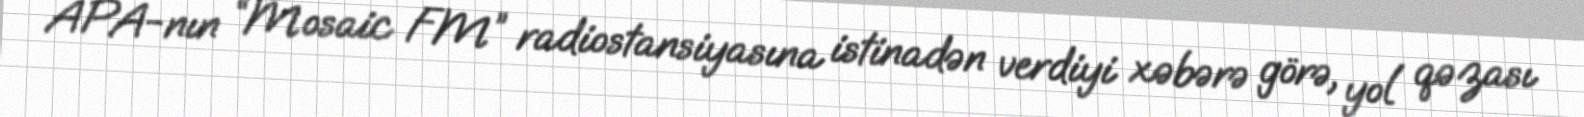
APA-nın “Mosaic FM” radiostansiyasına istinadən verdiyi xəbərə görə, yol qəzası